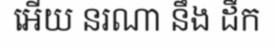
អើយ នរណា នឹង ដឹក